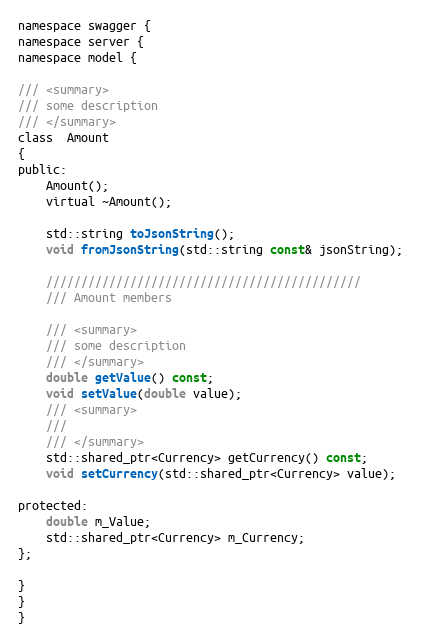
Language: C
namespace swagger {
namespace server {
namespace model {

/// <summary>
/// some description
/// </summary>
class  Amount
{
public:
    Amount();
    virtual ~Amount();

    std::string toJsonString();
    void fromJsonString(std::string const& jsonString);

    /////////////////////////////////////////////
    /// Amount members

    /// <summary>
    /// some description
    /// </summary>
    double getValue() const;
    void setValue(double value);
    /// <summary>
    ///
    /// </summary>
    std::shared_ptr<Currency> getCurrency() const;
    void setCurrency(std::shared_ptr<Currency> value);

protected:
    double m_Value;
    std::shared_ptr<Currency> m_Currency;
};

}
}
}